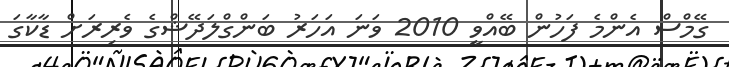
ގޭމްސް އެންމެ ފަހުން ބޭއްވީ 2010 ވަނަ އަހަރު ބަންގްލަދޭޝްގެ ވެރިރަށް ޑާކާގަ